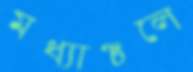
মধ্যাঞ্চলে